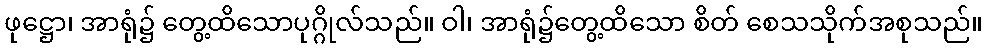
ဖုဋ္ဌော၊ အာရုံ၌ တွေ့ထိသောပုဂ္ဂိုလ်သည်။ ဝါ၊ အာရုံ၌တွေ့ထိသော စိတ် စေသသိုက်အစုသည်။